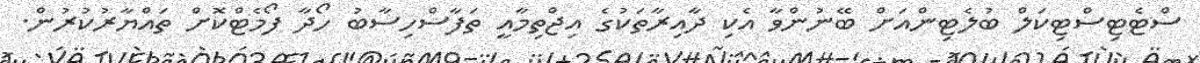
ސްޓެޓިސްޓިކަލް ބުލެޓިންއަށް ބޭނުންވާ އެކި ދާއިރާތަކުގެ އިޖްތިމާއީ ތަފާސްހިސާބު ހޯދާ ފޯމެޓްކޮށް ތައްޔާރުކުރުން.